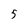
Character: 5